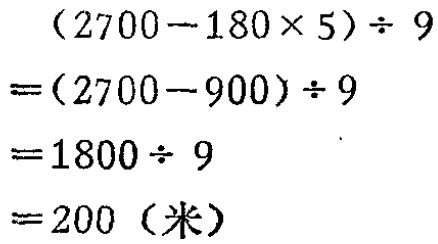
\[
\begin{align*}
&(2700 - 180\times5)\div9\\
=&(2700 - 900)\div9\\
=&1800\div9\\
=&200 (\text{米})
\end{align*}
\]